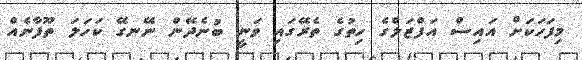
މިފަހަކަށް އައިސް އަފްޒަލްގެ ހިތުގެ ތެރޭގައި ވަނީ ބުނެދޭން ނޭނގޭ ކަހަލަ ތޫފާނެއް